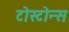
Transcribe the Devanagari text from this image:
टोस्टोन्स